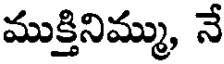
ముక్తినిమ్ము, నే